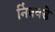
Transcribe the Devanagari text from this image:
निंबवडे